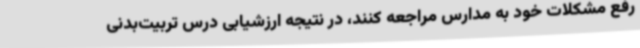
رفع مشکلات خود به مدارس مراجعه کنند، در نتیجه ارزشیابی درس تربیت‌بدنی